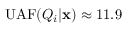
\mathrm { U A F } ( Q _ { i } | \mathbf { x } ) \approx 1 1 . 9